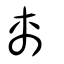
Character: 𠨄